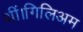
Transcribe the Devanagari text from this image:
थीं।गिलिअम